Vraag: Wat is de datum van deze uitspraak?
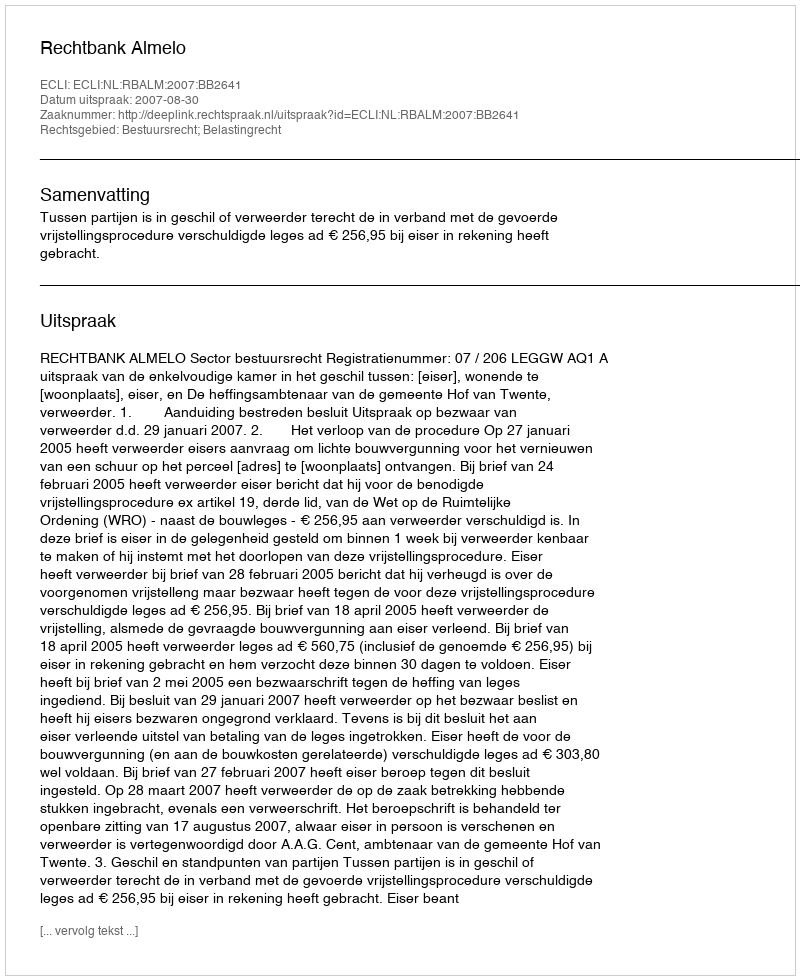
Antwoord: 2007-08-30